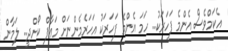
އެކަމްވެސް އެންމެ ފަހަރަކު.. ހަމަ އެންމެ ފަހަރަކު އަހަރެމެންނަށް މަޢާފް ކޯށްދީ.. ލަމާން